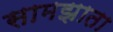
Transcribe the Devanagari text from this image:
सामझाता